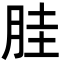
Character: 胿